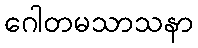
ဂေါတမသာသနာ